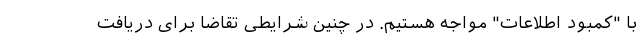
با "کمبود اطلاعات" مواجه هستیم. در چنین شرایطی تقاضا برای دریافت